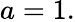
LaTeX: a=1.